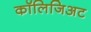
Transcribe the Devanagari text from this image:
कॉलिजिअट